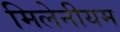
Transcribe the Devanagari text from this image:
मिलेनीयम